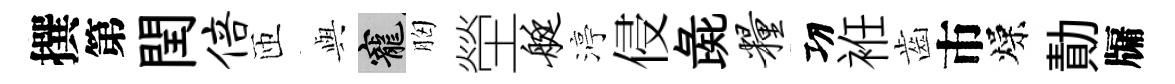
撰第閏倍匝𫤰寵胸塋艇渟侵彘粮㓛袵齒市燥勣牖